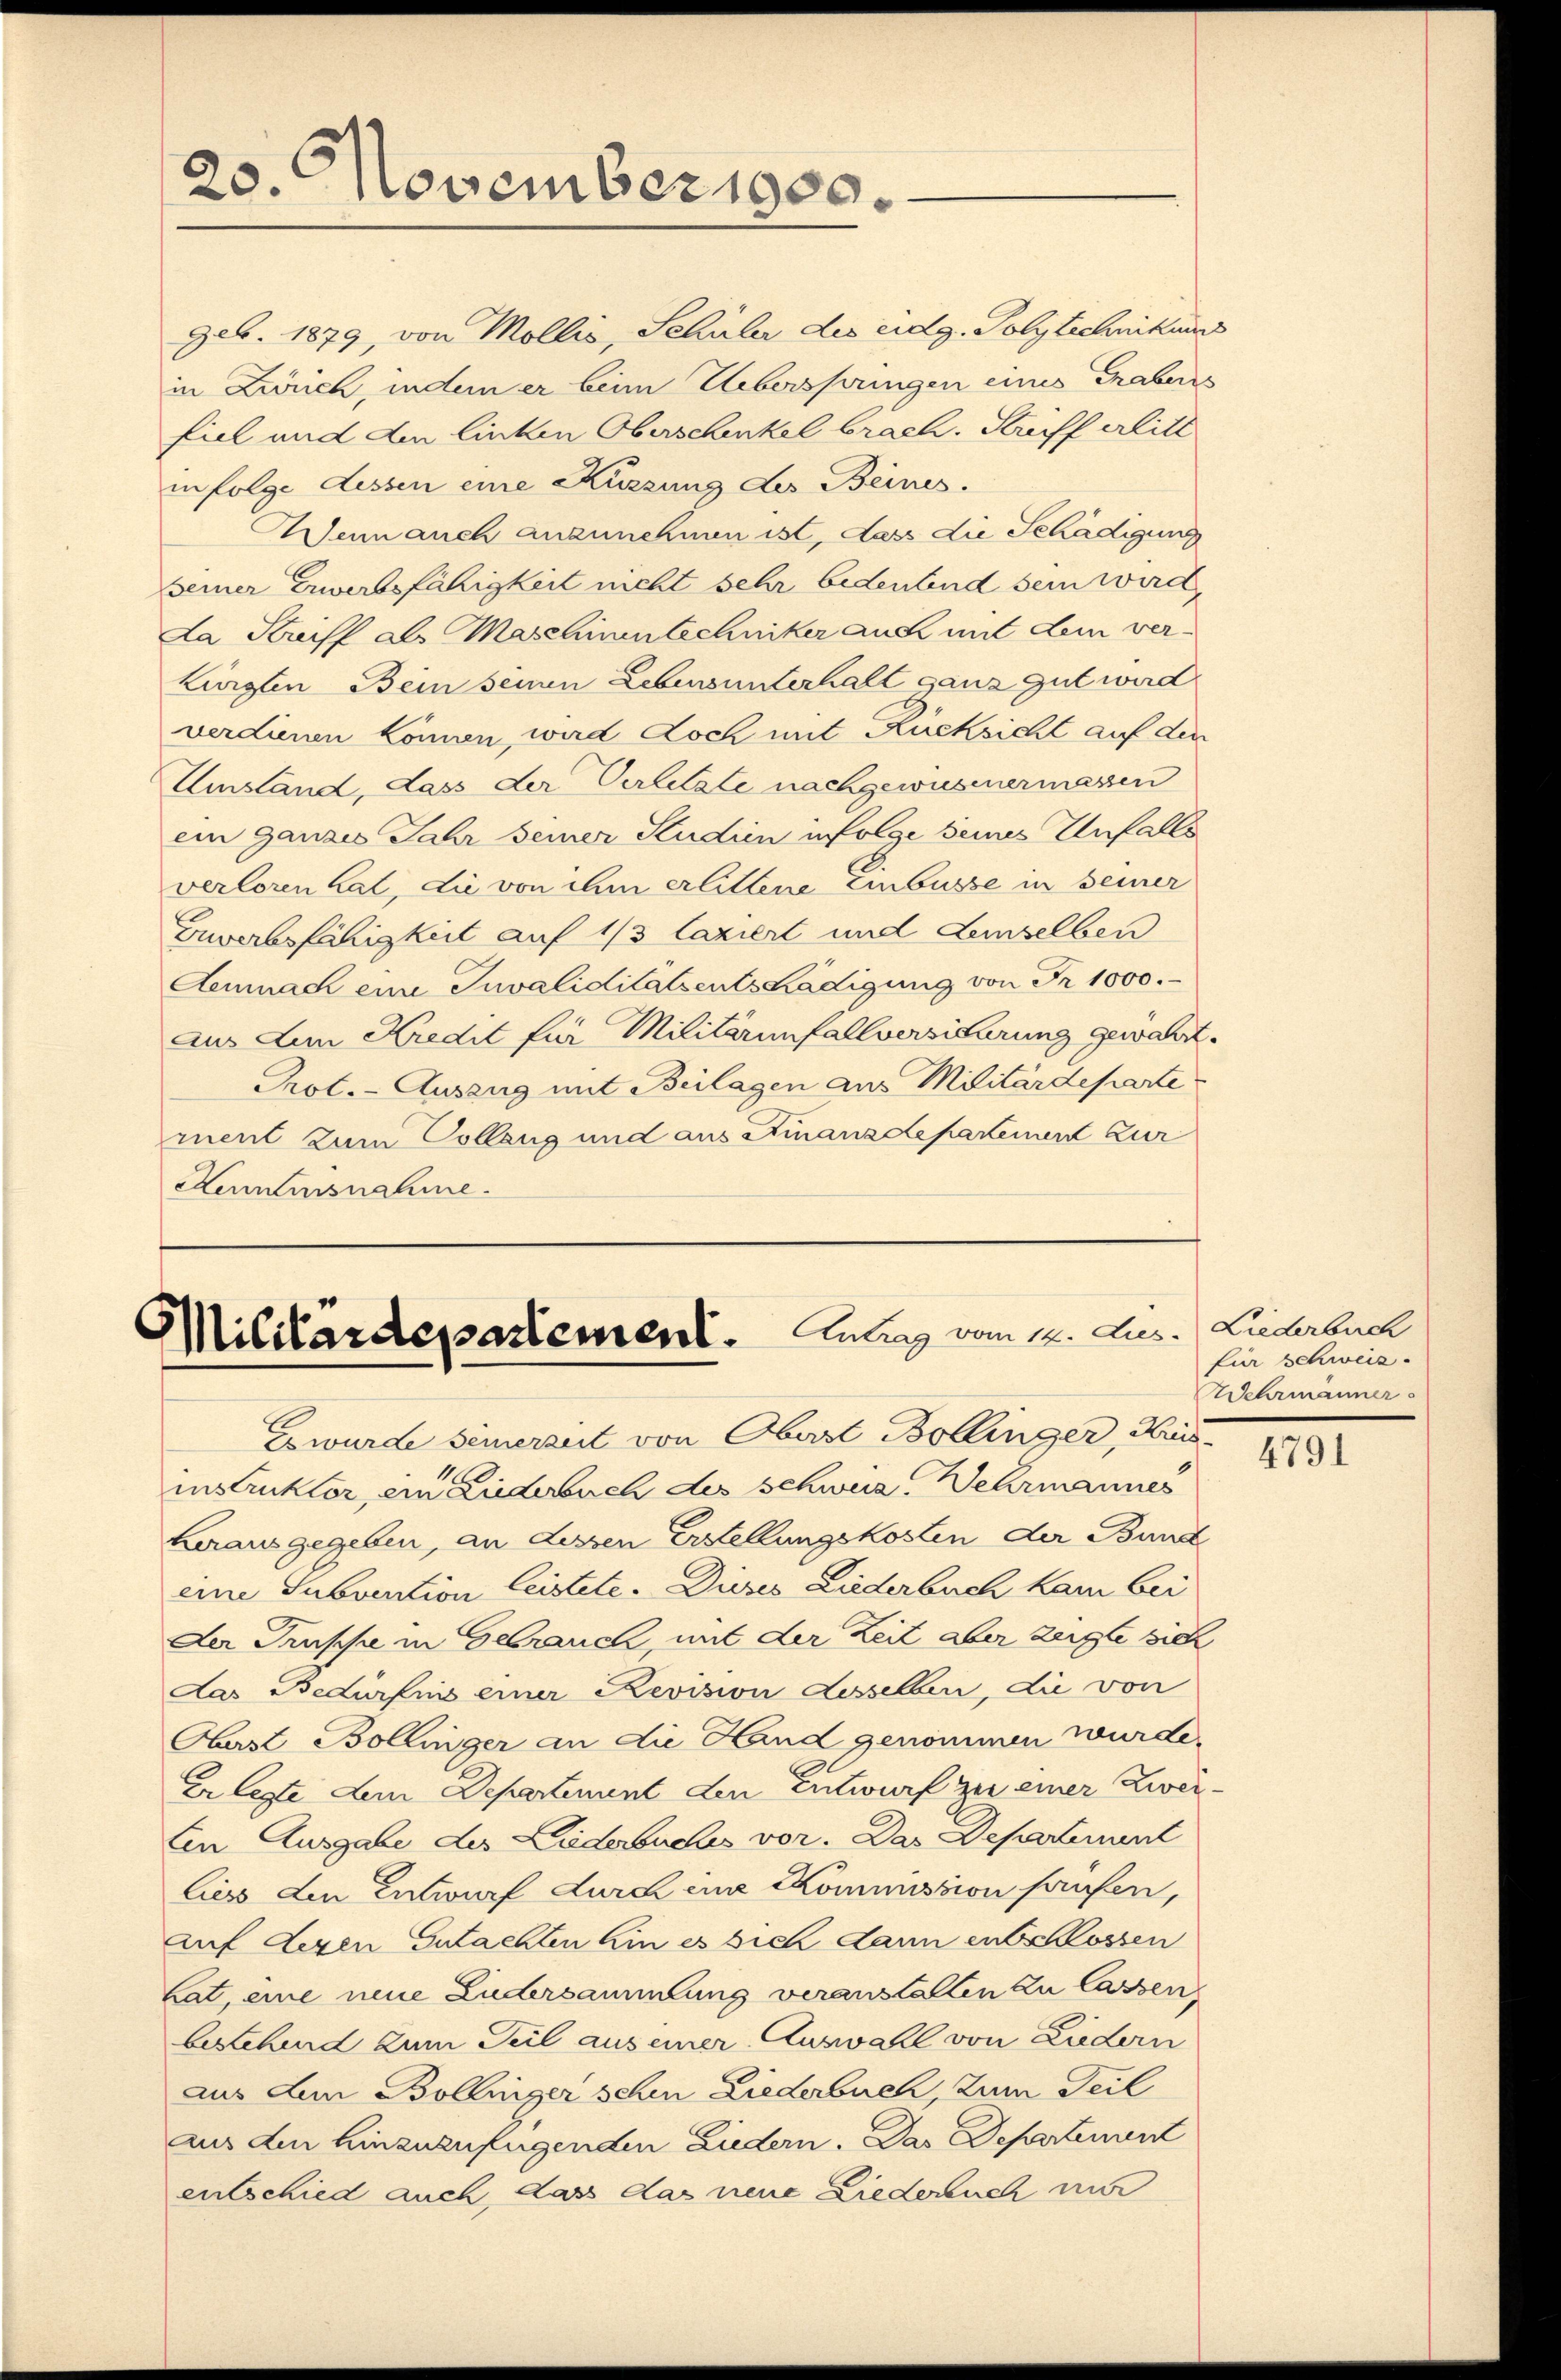
20. November 1900.

geb. 1879, von Mollis, Schüler des eidg. Polytechnikums
in Zürich, indem er beim Ueberspringen eines Grabens
fiel und den linken Oberschenkel brach. Streiff erlitt
infolge dessen eine Küssung des Beines.
Wenn auch anzunehmen ist, dass die Schädigung
seiner Erwerbsfähigkeit nicht sehr bedeutend sein wird,
La Striff als Maschientechniker auch mit dem ver-
Lürgten Bein seinen Lebensunterhalt ganz gut wird
verdienen können, wird doch mit Rücksicht auf den
Umstand, dass der Verletzte nachgewiesenermassen
ein ganzes Jahr seiner Studien folge seines Unfalls
verloren hat, die von ihm erlittene Einbusse in seiner
Zuverbsfähigkeit auf 1/3 laziert und Leinselben
Aemnach eine Invaliditatsentschädigung von Fr. 1000.
Aus dem Kredit für Militärinnfallversicherung gewährt.
Prot. - Auszug mit Beilagen aus Militärdeparte
ment zum Collang und aus Finanzdepartement zur
Kenntnisnahme.

Militärdepartement. Antrag vom 12. Jus
Ewurde seinerzeit von Oberst Bollinger, Kris

Liederbuch
für Schweiz.
Wehrmänner

instruktor, ein Liederbuch des Schwer. Wehrmannes
herausgegeben, an dessen Erstellungskosten der Bund
eine Subvention leistete. Dieses Liederbuch kam bei
Der Truppe in Gebrauch, mit der Zeit aber zeigte sich
Das Bedürfnis einer Revision desselben, die von
Oberst Bollinger an die Hand genommen wurde.
Er lezte dem Departement den Entwurf zu einer Zweiten Ausgabe des Liederbuches vor. Das Departement
liess den Entwurf durch eine Kommission haufen,
auf deren Gutachten hin es sich dann entschlossen
Lat, eine neue Ludersammlung veranstallen zu lassen
bestehend zum Teil aus einer Auswahl von Liedern
aus dem Böllniger schen Liederbuch, zum Teil
aus den hinzuzufügenden Liedern. Das Departement
entschied auch dass das neue Liederauch ni

4791